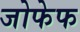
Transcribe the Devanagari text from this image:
जोफेफ